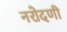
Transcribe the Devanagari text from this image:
नरोदणी